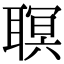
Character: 䏃